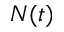
N ( t )